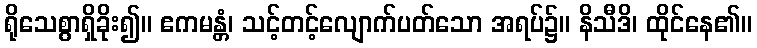
ရိုသေစွာရှိခိုး၍။ ဧကမန္တံ၊ သင့်တင့်လျောက်ပတ်သော အရပ်၌။ နိသီဒိ၊ ထိုင်နေ၏။